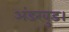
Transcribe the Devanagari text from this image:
अंडरवुड।